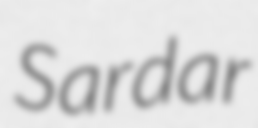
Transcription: Sardar